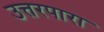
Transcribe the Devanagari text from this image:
उत्तरपारा